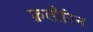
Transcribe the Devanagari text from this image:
फ़लौरिन